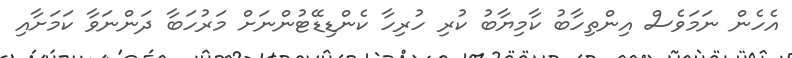
އެހެން ނަމަވެސް އިންތިހާބު ކާމިޔާބު ކުރި ހުރިހާ ކެންޑިޑޭޓުންނަށް މަރުހަބާ ދަންނަވާ ކަމަށާއި